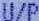
U/P